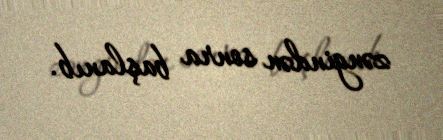
zəngindən sonra başlanıb.